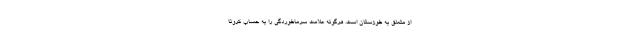
از متعلق به خوزستان است. هرگونه علامت سرماخوردگی را به حساب کرونا